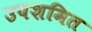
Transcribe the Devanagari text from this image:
उपशमित